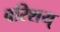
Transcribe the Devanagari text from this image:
वरिशय्